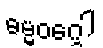
ဓမ္မဝဂ္ဂေါ